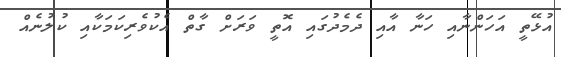
އުޅޭތީ އަހަންނާއި ހަނާ އާއި ދެމެދުގައި އޮތީ ވަރަށް ގާތް އެކުވެރިކަމަކާއި ކުލުނެއް